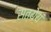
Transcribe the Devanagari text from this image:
सत्येयं